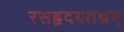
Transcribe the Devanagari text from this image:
रसहृदयतन्त्रम्